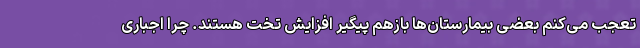
تعجب می‌کنم بعضی بیمارستان‌ها بازهم پیگیر افزایش تخت هستند. چرا اجباری